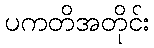
ပကတိအတိုင်း